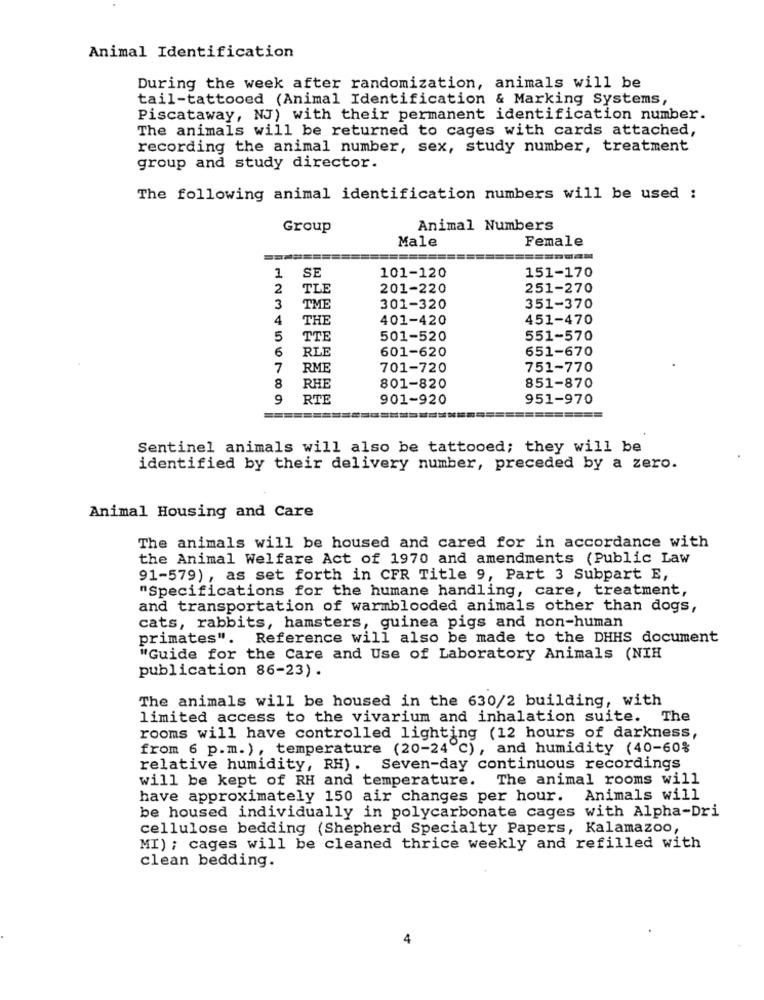
Animal Identification
During the week after randomization, animals will be
tail-tattooed (Animal Identification & Marking Systems,
Piscataway, NJ) with their permanent identification number.
The animals will be returned to cages with cards attached,
recording the animal number, sex, study number, treatment
group and study director.
The following animal identification numbers will be used :
Group
Animal Numbers
Male
Female
1
SE
101-120
151-170
2
TLE
201-220
251-270
3
TME
301-320
351-370
4
THE
401-420
451-470
5
TTE
501-520
551-570
6
RLE
601-620
651-670
7
RME
701-720
751-770
8
RHE
801-820
851-870
9
RTE
901-920
951-970
Sentinel animals will also be tattooed; they will be
identified by their delivery number, preceded by a zero.
Animal Housing and Care
The animals will be housed and cared for in accordance with
the Animal Welfare Act of 1970 and amendments (Public Law
91-579) , as set forth in CFR Title 9, Part 3 Subpart E,
"Specifications for the humane handling, care, treatment,
and transportation of warmblooded animals other than dogs,
cats, rabbits, hamsters, guinea pigs and non-human
primates". Reference will also be made to the DHHS document
"Guide for the Care and Use of Laboratory Animals (NIH
publication 86-23).
The animals will be housed in the 630/2 building, with
limited access to the vivarium and inhalation suite. The
rooms will have controlled lighting (12 hours of darkness,
from 6 p.m.), temperature (20-24 ℃), and humidity (40-60%
relative humidity, RH). Seven-day continuous recordings
will be kept of RH and temperature. The animal rooms will
have approximately 150 air changes per hour. Animals will
be housed individually in polycarbonate cages with Alpha-Dri
cellulose bedding (Shepherd Specialty Papers, Kalamazoo,
MI) ; cages will be cleaned thrice weekly and refilled with
clean bedding.
4